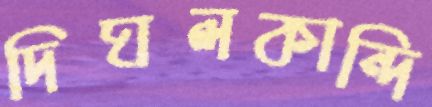
দিঘলকান্দি